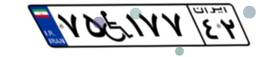
۲۵W۴۷۶۶۹